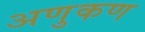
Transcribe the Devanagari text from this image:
अणुकण